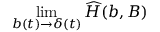
\operatorname * { l i m } _ { b ( t ) \to \delta ( t ) } { \widehat H } ( b , B )